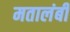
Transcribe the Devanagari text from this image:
मतालंबी